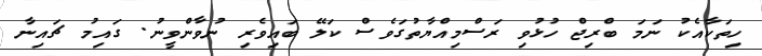
ހިތަކާއެކު ނަމަ ބްރިޖް ހުޅުވި ރަސްމިއްޔާތުގަވެސް ކަލޭ ބައިވެރި ނުވާންވީނު. ގައިމު ޗައިނާ